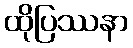
ထိုပြဿနာ